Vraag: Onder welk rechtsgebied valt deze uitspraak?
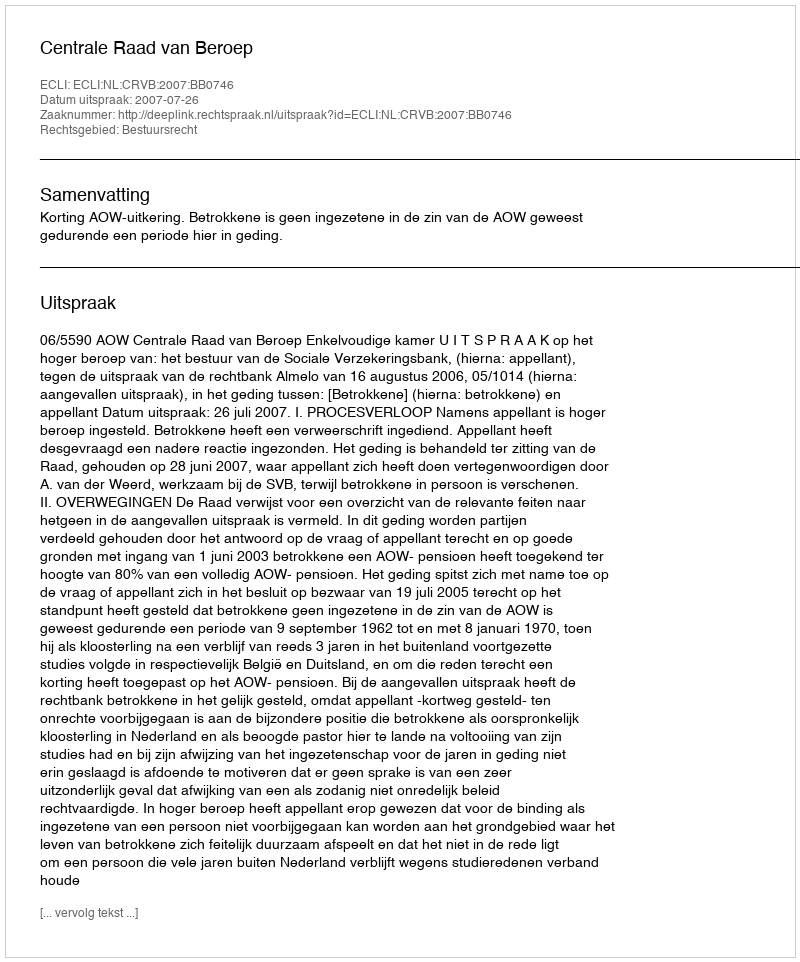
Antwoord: Bestuursrecht